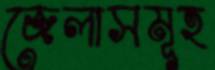
জেলাসমূহ